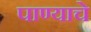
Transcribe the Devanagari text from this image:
पाण्‍याचे